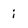
Character: i